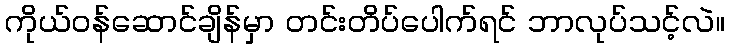
ကိုယ်ဝန်ဆောင်ချိန်မှာ တင်းတိပ်ပေါက်ရင် ဘာလုပ်သင့်လဲ။